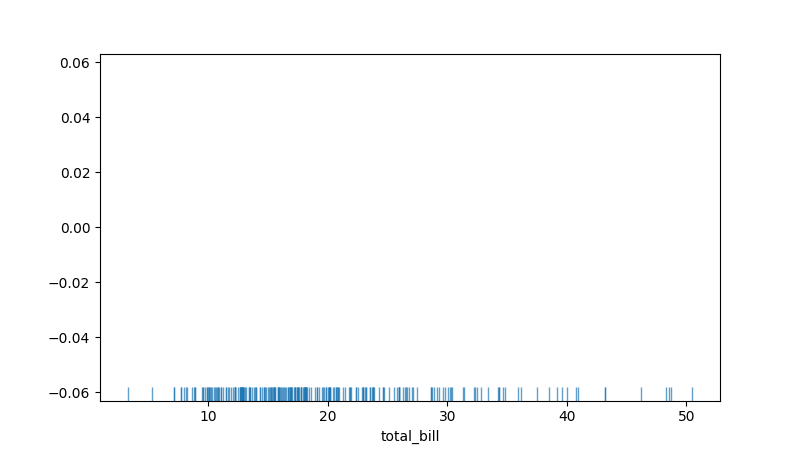
python, seaborn, rugplot, height=0.04, axis='x', alpha=0.7